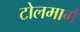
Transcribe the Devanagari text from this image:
टोलमार्ग